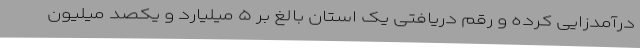
درآمدزایی کرده و رقم دریافتی یک استان بالغ بر ۵ میلیارد و یکصد میلیون